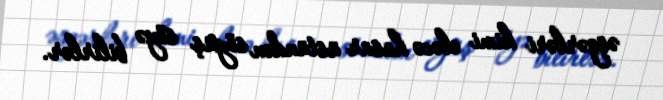
əsgərləri kimi eləcə hasar üstündən söyüş söyə bilirlər.